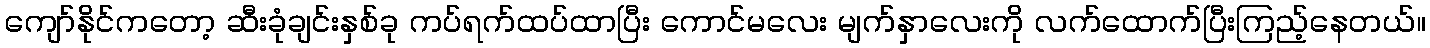
ကျော်နိုင်ကတော့ ဆီးခုံချင်းနှစ်ခု ကပ်ရက်ထပ်ထာပြီး ကောင်မလေး မျက်နှာလေးကို လက်ထောက်ပြီးကြည့်နေတယ်။